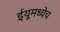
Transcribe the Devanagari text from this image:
ईयूमध्येच